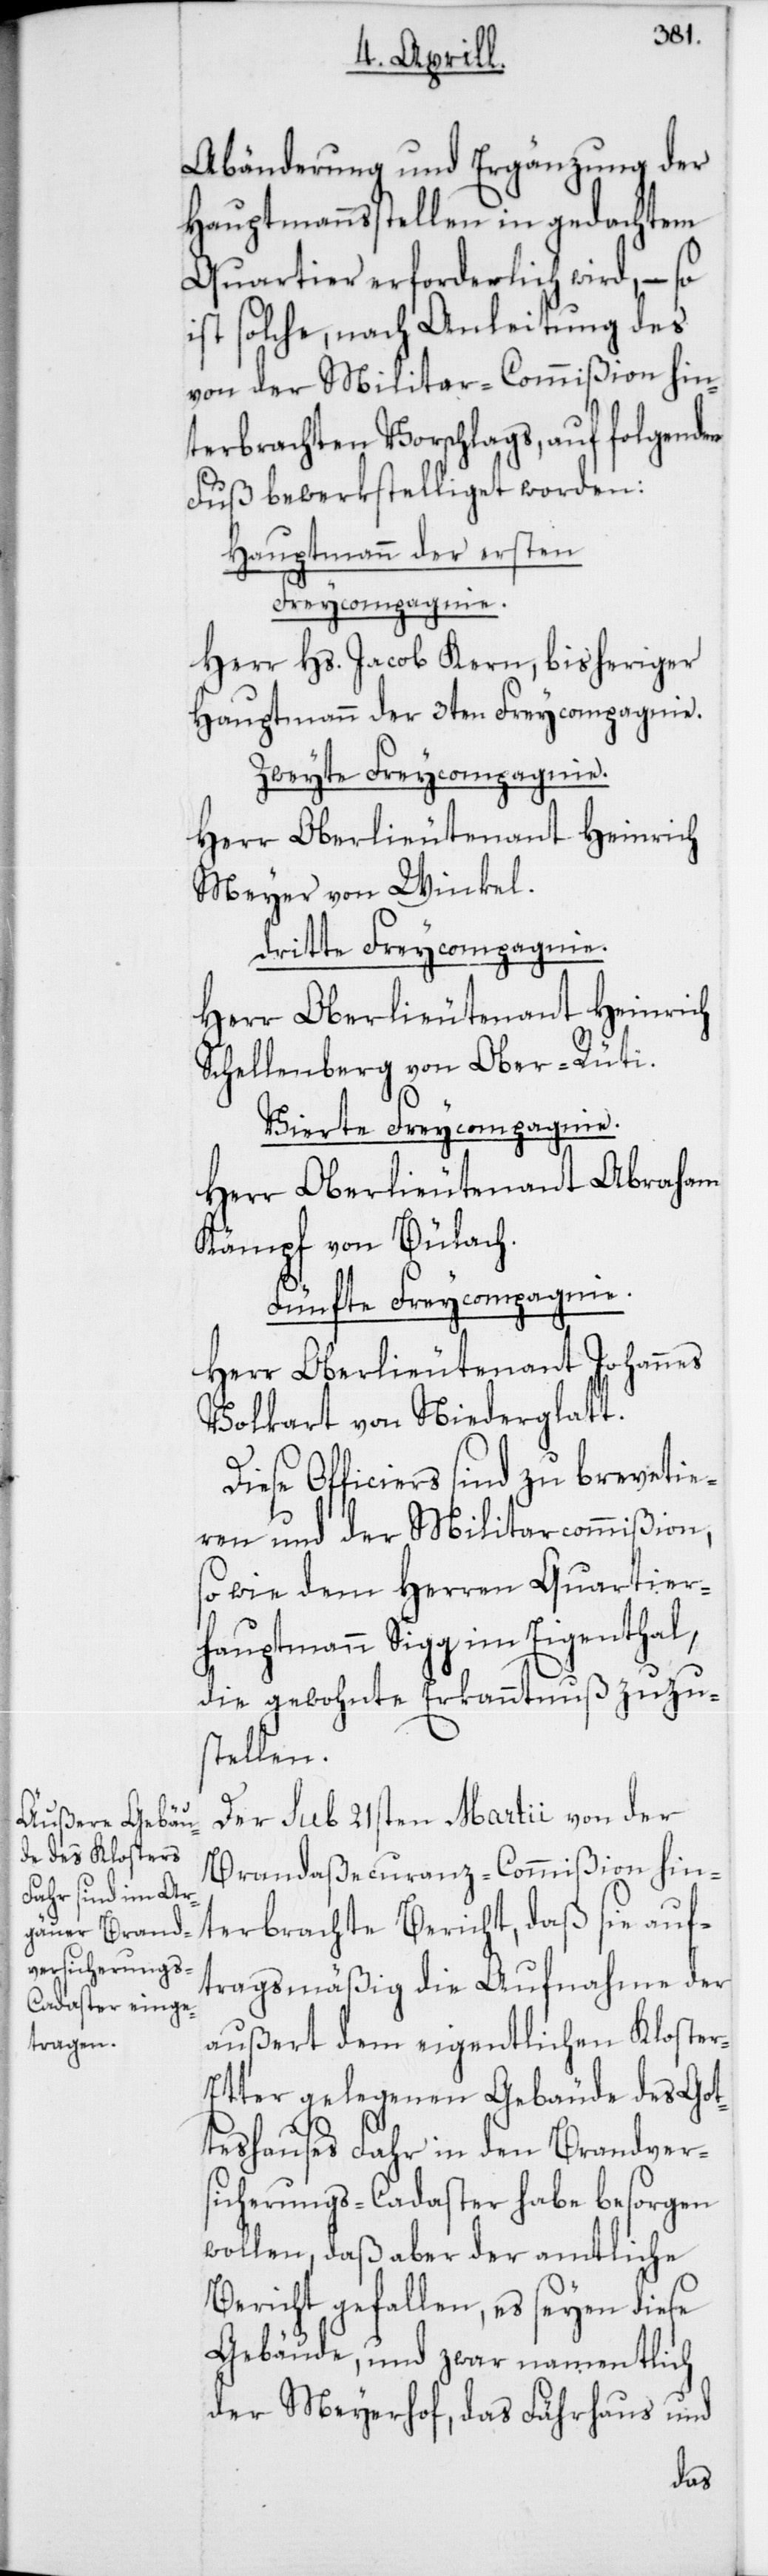
Abänderung und Ergänzung der
Hauptmannsstellen in gedachtem
Quartier erforderlich wird, – so
ist solche, nach Anleitung des
von der Militar-Commißion hin¬
terbrachten Vorschlags, auf folgenden
Fuß bewerkstelliget worden:
Hauptmann der ersten
Freycompagnie.
Herr Hs. Jacob Kern, bisheriger
Hauptmann der 3ten Freycompagnie.
Zweyte Freycompagnie.
Herr Oberlieutenant Heinrich
Meyer von Winkel.
Dritte Freycompagnie.
Herr Oberlieutenant Heinrich
Schellenberg von Ober-Rüti.
Vierte Freycompagnie.
Herr Oberlieutenant Abraham
Kämpf von Bülach.
Fünfte Freycompagnie.
Herr Oberlieutenant Johannes
Volkart von Niederglatt.
Diese Officiers sind zu brevetie¬
ren und der Militarcommißion,
wie dem Herren Quartier¬
hauptmann Sigg im Eigenthal,
die gewohnte Erkanntnuß zuzu¬
stellen.
Der sub 21sten Martii von der
Brandaßecuranz-Commißion hin¬
terbrachte Bericht, daß sie auf¬
tragsmäßig die Aufnahme der
außert dem eigentlichen Kloste¬
r-Etter gelegenen Gebäude des Got¬
teshauses Fahr in den Brandver¬
sicherungs-Cadaster habe besorgen
wollen, daß aber der amtliche
Bericht gefallen, es seyen diese
Gebäude, und zwar namentlich
der Meyerhof, das Fährhaus und